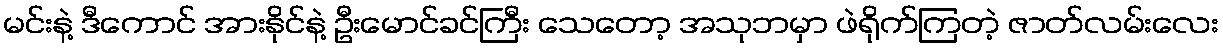
မင်းနဲ့ ဒီကောင် အားနိုင်နဲ့ ဦးမောင်ခင်ကြီး သေတော့ အသုဘမှာ ဖဲရိုက်ကြတဲ့ ဇာတ်လမ်းလေး